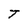
Character: T